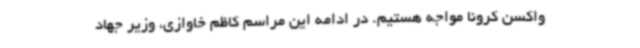
واکسن کرونا مواجه هستیم. در ادامه این مراسم کاظم خاوازی، وزیر جهاد